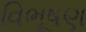
વિભૂષણ